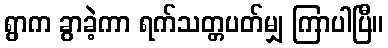
ရွာက ခွာခဲ့ကာ ရက်သတ္တပတ်မျှ ကြာပါပြီ။